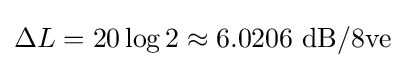
\Delta L=20\log 2\approx 6.0206\ \mathrm {dB/8ve}